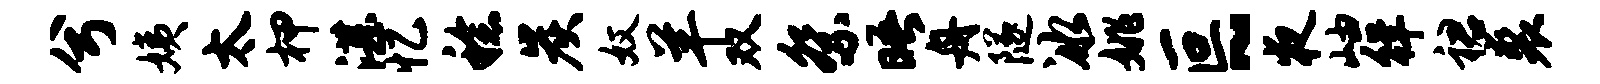
兮姨太柙湛忆稔炭奴羊双祭晤舟隧冰姚叵~夜岫徉裙裘